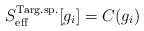
LaTeX: \begin{align*}S^{\rm Targ.sp.}_{\rm eff}[g_i]=C(g_i)\end{align*}